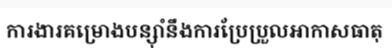
ការងារគម្រោងបន្ស៊ាំនឹងការប្រែប្រួលអាកាសធាតុ